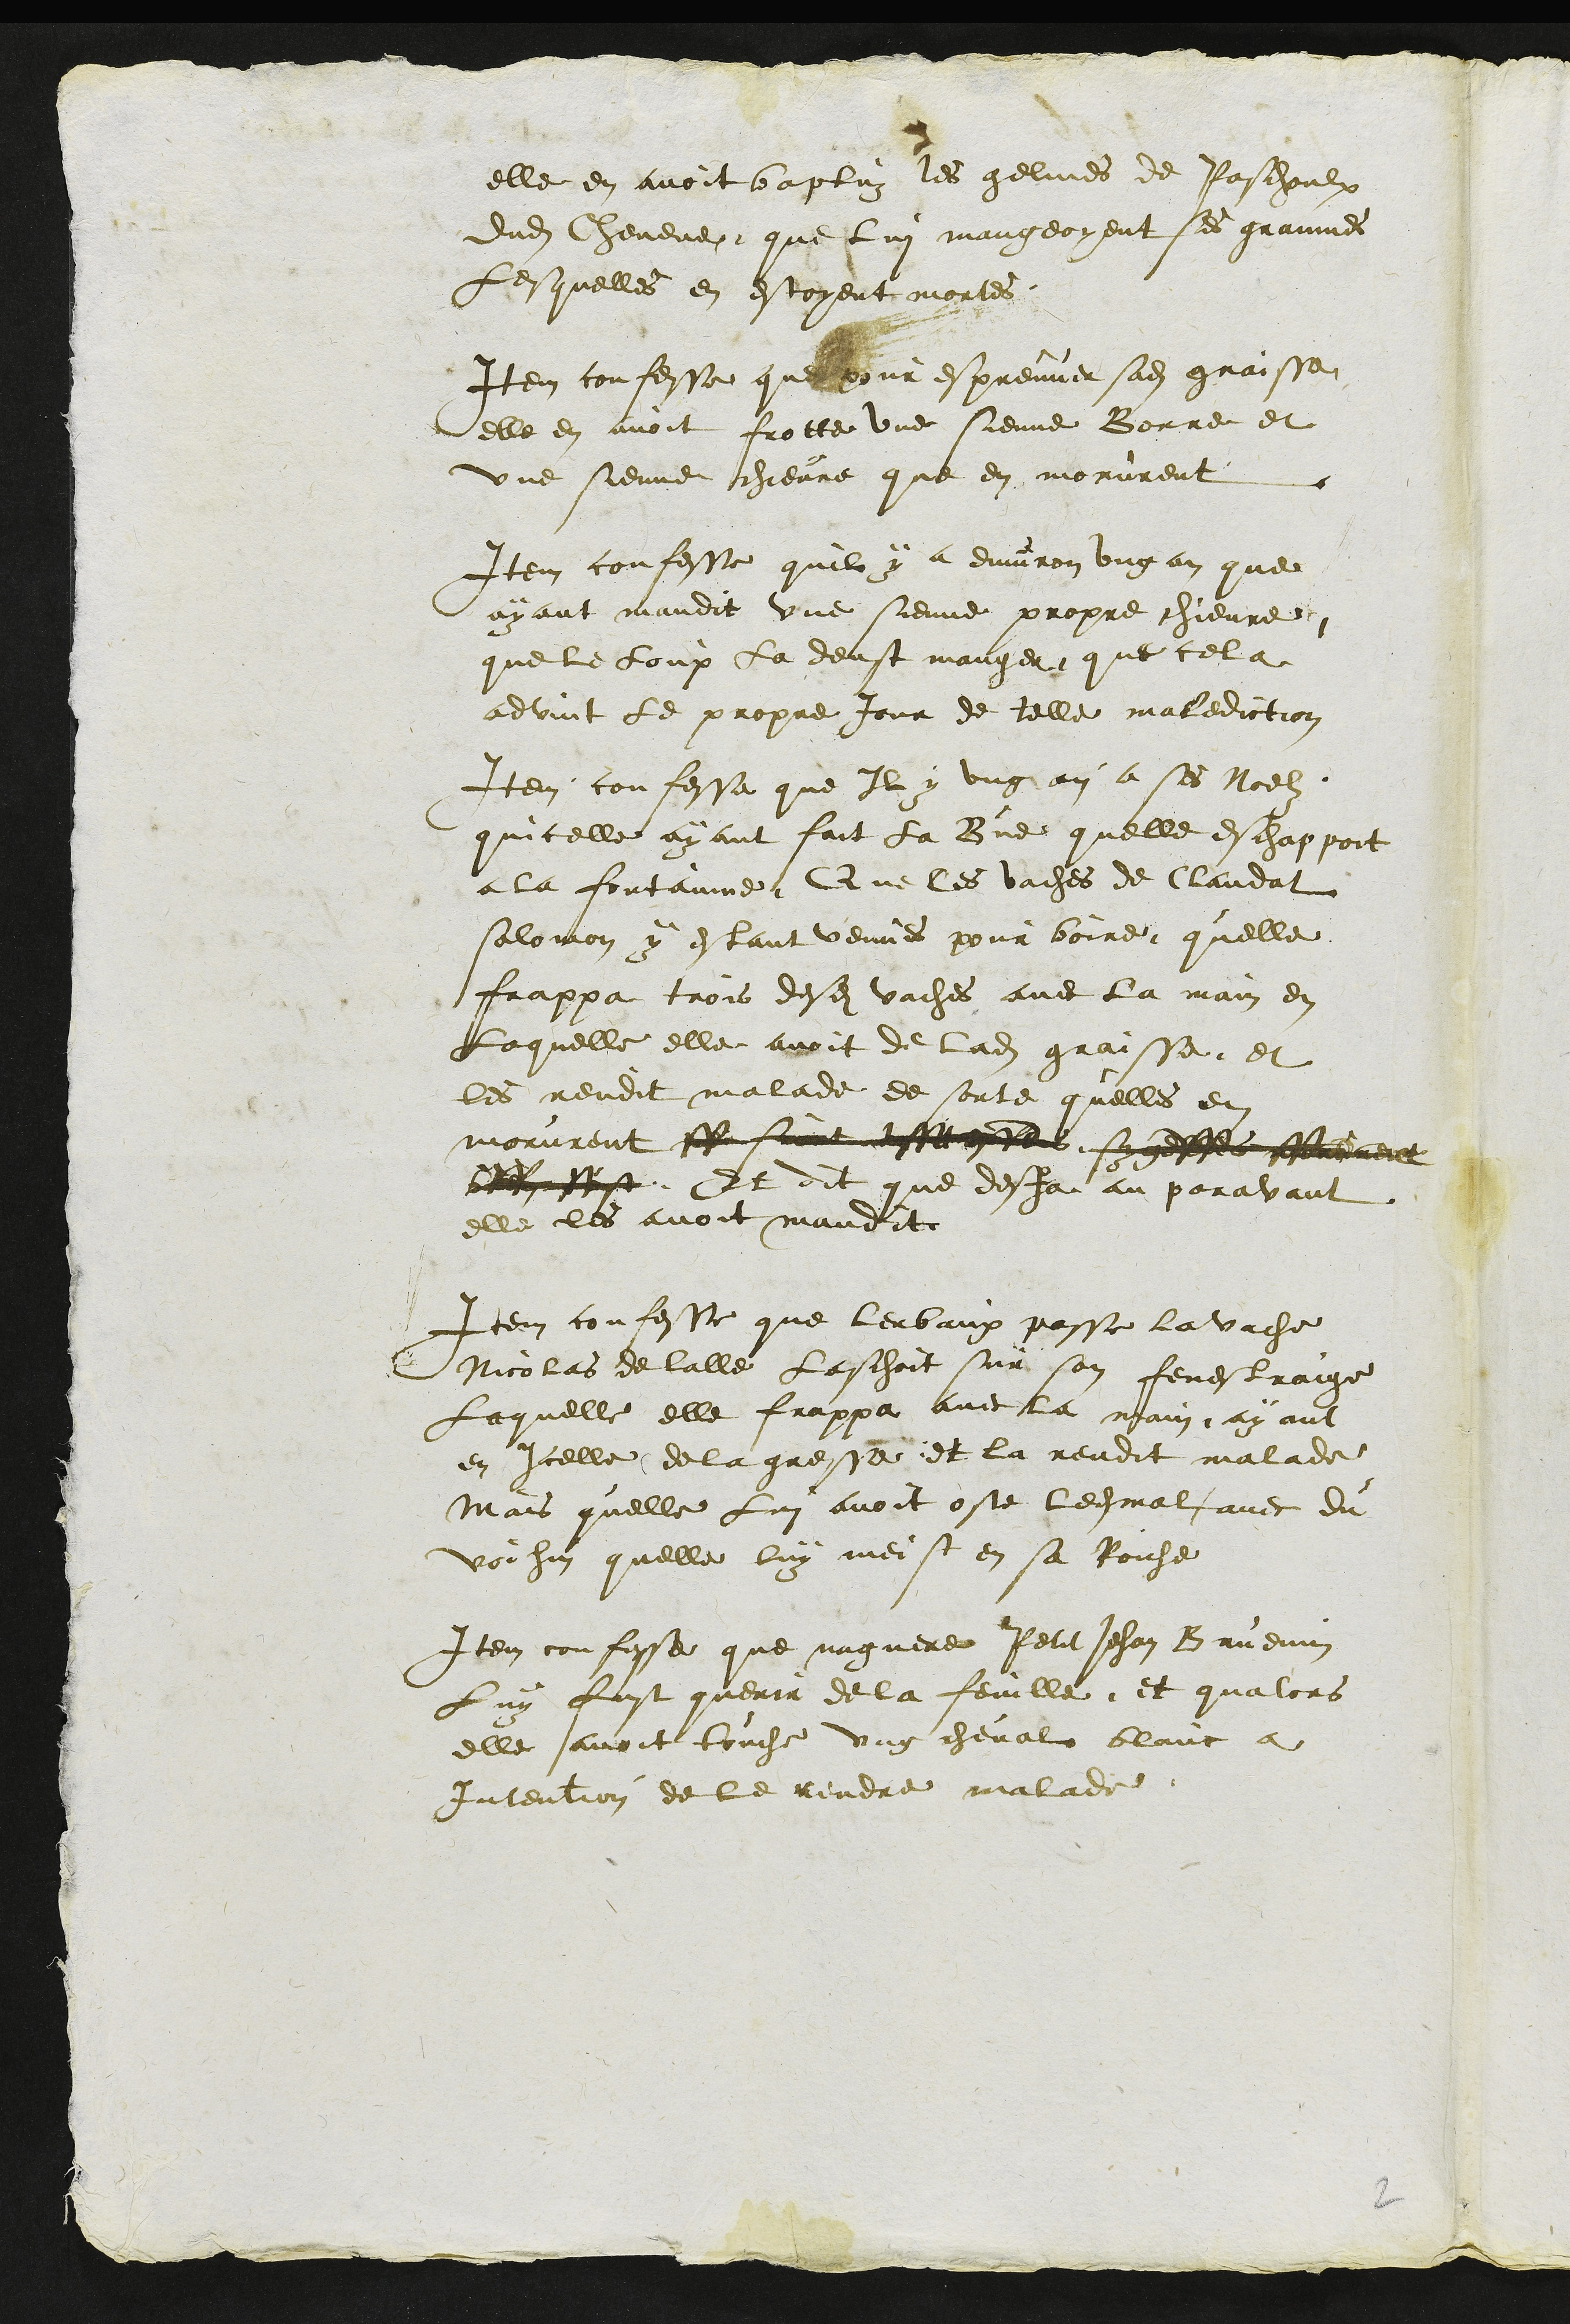
elle en avoit baptuz les gelines de Paschaulx
dudit Chevene que lui mangeoyent ses grainnes
Lesquelles en estoyent mortes.
Item confesse que pour espreuver sadite graisse
elle en avoit frotte une sienne Borre et
une sienne chievre que en morurent
Item confesse quil y a environ ung an que
ayant maudit une sienne propre chievre
que le loup la deust manger, que cela
advint le propre jour de telle malediction
Item confesse que Il y ung an a ses Noelz
quicelle ayant fait la Bue quelle eschappoit
a la fontainne Que les vaches de Claudat
Salomon y estant venues pour boire quelle
frappa trois desdites vaches avec la main en
Laquelle elle avoit de ladite graisse et
les rendit malade de sorte quelles en
morurent le sur este sesses serement
best Et dit que desja au paravant
elle les avoit maudit
Item confesse que lerbaux passe la vache
Nicolas de lalle laschoit sur son fenestraige
Laquelle elle frappa avec la main ayant
en Icelle de la gresse et la rendit malade
Mais quelle lui avoit oste ledit mal avec du
voihin quelle luy meist en sa Roiche
Item confesse que naguere Petit Jehan Bruenin
Luy fust querir de la feuille et qualors
elle avoit touche ung cheval blanc a
Intention de le lendre malade